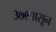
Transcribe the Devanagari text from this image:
३७९पासून